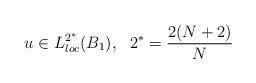
LaTeX: \begin{align*} u \in L^{2^*}_{loc} (B_1),\ \ 2^*=\frac{2(N+2)} {N} \end{align*}